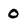
Character: O